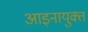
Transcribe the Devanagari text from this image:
आइनायुक्त